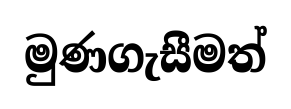
මුණගැසීමත්